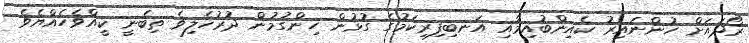
ރޯދައަށް ހުންނައިރު ކެއިންބުއިމާއި އަނބިފިރިކަމުގެ ގުޅުން ހިންގުމުން ދުރުހެލިވެ ތިބެނީ ކީއްވެހެއްޔެވެ